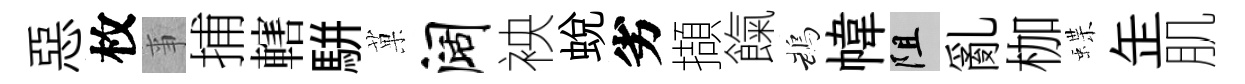
惡枚亊捕轄駢菓阔䘧蛻劣擷餼鵡幃阻亂枷蝶𦈢肌